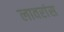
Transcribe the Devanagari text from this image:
लावरांस